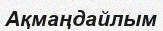
Ақмаңдайлым